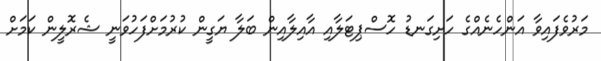
މަރުވެފައިވާ އަންހެނެއްގެ ހަށިގަނޑު ހޮސްޕިޓަލާއި އާއިލާއިން ބަލާ ޔަގީން ކުރުމަށްފަހުވަނީ ޝެރޮލީން ކަމަށް